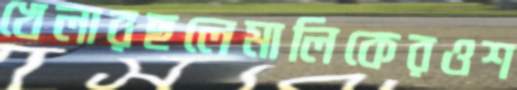
খেলারছলেমালিকেরওশ